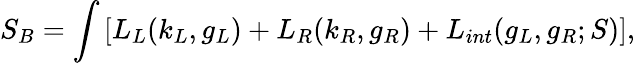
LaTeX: S_{B}=\int\left[L_{L}(k_{L},g_{L})+L_{R}(k_{R},g_{R})+L_{int}(g_{L},g_{R};S)\right],